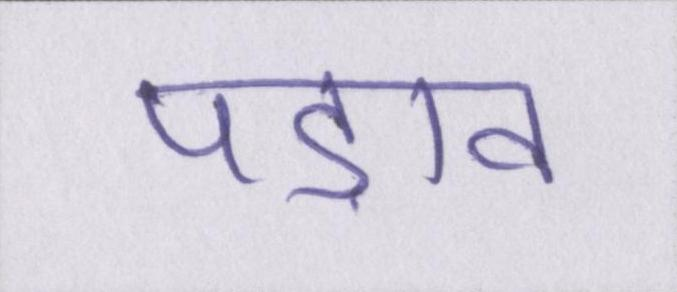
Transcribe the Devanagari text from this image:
पड़ाव